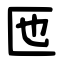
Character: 匜